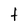
Character: t